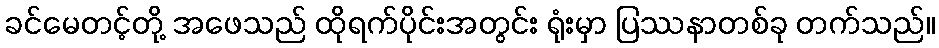
ခင်မေတင့်တို့ အဖေသည် ထိုရက်ပိုင်းအတွင်း ရုံးမှာ ပြဿနာတစ်ခု တက်သည်။